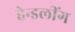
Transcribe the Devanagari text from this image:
हेन्डलींग